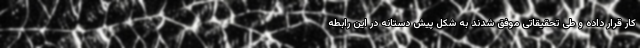
کار قرار داده و طی تحقیقاتی موفق شدند به شکل پیش دستانه در این رابطه